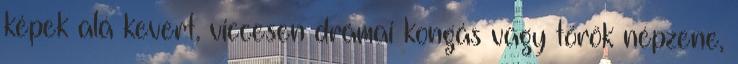
képek alá kevert, viccesen drámai kongás vagy török népzene,